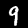
Digit: 9